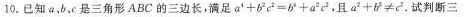
10.已知a、b、c是三角形ABC的三边长，满足$$a^{4} + b^{2} c^{2} = b^{4} + a^{2} c^{2}，且$$a^{2} + b^{2} ≠ c^{2}$$。试判断三